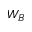
W _ { B }